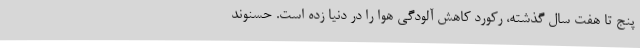
پنج تا هفت سال گذشته، رکورد کاهش آلودگی هوا را در دنیا زده است. حسنوند